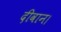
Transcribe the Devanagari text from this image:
दीवान।